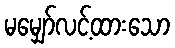
မမျှော်လင့်ထားသော